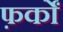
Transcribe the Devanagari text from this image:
फ़र्कों